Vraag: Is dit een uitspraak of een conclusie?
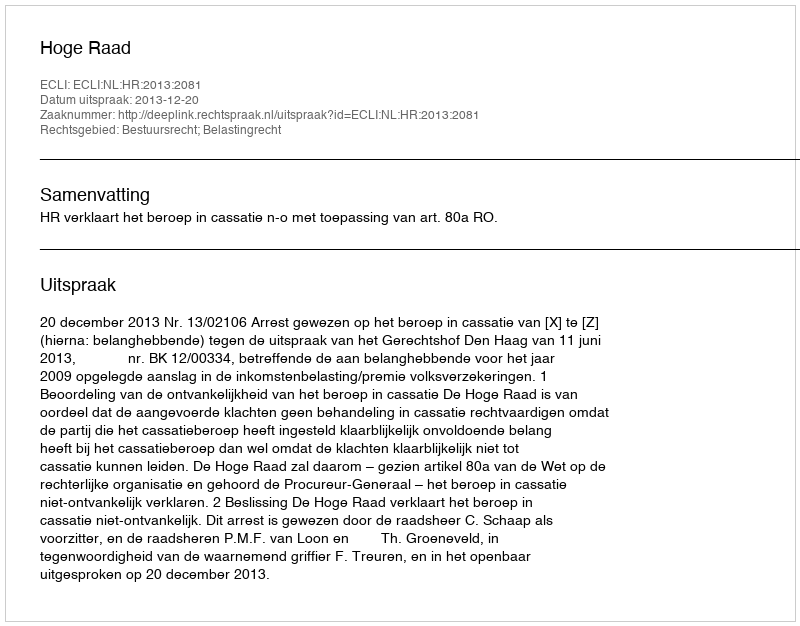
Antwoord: Uitspraak